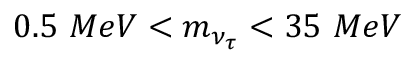
0 . 5 \ M e V < m _ { \nu _ { \tau } } < 3 5 \ M e V